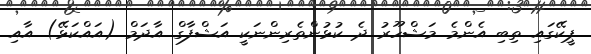
ޕީކޭގައި ތިބި އެންމެ މަޝްހޫރު ދެ ކުޅުންތެރިންނަކީ އަޝްފާގް އާދަމް (އައްކަޅޭ) އާއި